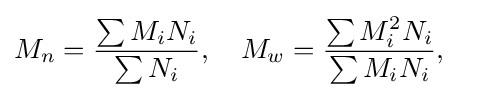
M_{n}={\frac {\sum M_{i}N_{i}}{\sum N_{i}}},\quad M_{w}={\frac {\sum M_{i}^{2}N_{i}}{\sum M_{i}N_{i}}},\quad